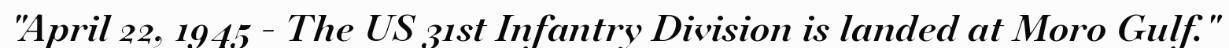
"April 22, 1945 - The US 31st Infantry Division is landed at Moro Gulf."